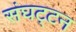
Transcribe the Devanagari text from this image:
संघट्‍टन